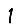
Digit: 1